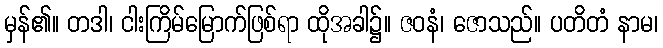
မှန်၏။ တဒါ၊ ငါးကြိမ်မြောက်ဖြစ်ရာ ထိုအခါ၌။ ဇဝနံ၊ ဇောသည်။ ပတိတံ နာမ၊